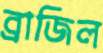
ব্রাজিল